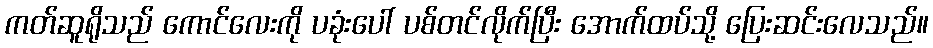
ကတ်ဆူရိုသည် ကောင်လေးကို ပခုံးပေါ် ပစ်တင်လိုက်ပြီး အောက်ထပ်သို့ ပြေးဆင်းလေသည်။